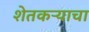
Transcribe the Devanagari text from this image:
शेतकऱ्याचा